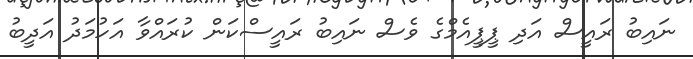
ނައިބު ރައީސް އަދި ޕީޕީއެމްގެ ވެސް ނައިބު ރައީސްކަން ކުރައްވާ އަހުމަދު އަދީބު